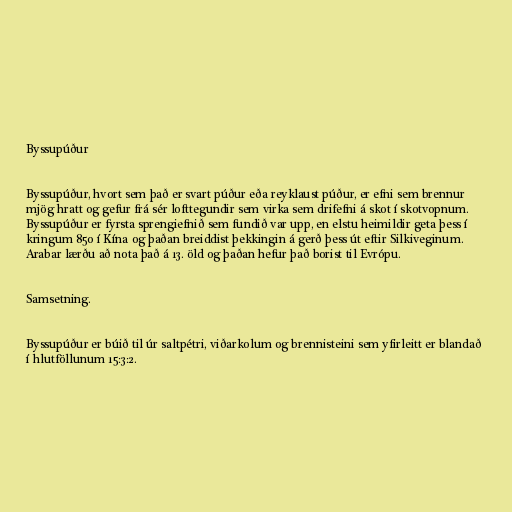
Byssupúður

Byssupúður, hvort sem það er svart púður eða reyklaust púður, er efni sem brennur
mjög hratt og gefur frá sér lofttegundir sem virka sem drifefni á skot í skotvopnum.
Byssupúður er fyrsta sprengiefnið sem fundið var upp, en elstu heimildir geta þess í
kringum 850 í Kína og þaðan breiddist þekkingin á gerð þess út eftir Silkiveginum.
Arabar lærðu að nota það á 13. öld og þaðan hefur það borist til Evrópu.

Samsetning.

Byssupúður er búið til úr saltpétri, viðarkolum og brennisteini sem yfirleitt er blandað
í hlutföllunum 15:3:2.